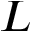
L